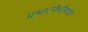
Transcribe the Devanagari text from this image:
प्रभात्फेरीमध्ये